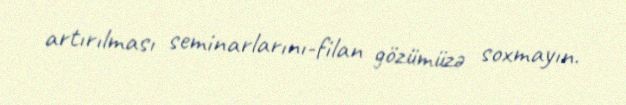
artırılması seminarlarını-filan gözümüzə soxmayın.